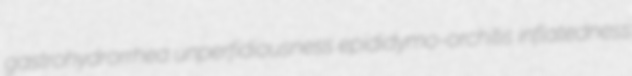
gastrohydrorrhea unperfidiousness epididymo-orchitis inflatedness